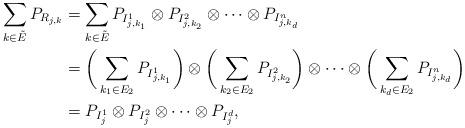
LaTeX: \begin{align*}\sum_{k\in\tilde{E}} P_{R_{j,k}}&=\sum_{k\in\tilde{E}} P_{I^1_{j,k_1}}\otimes P_{I^2_{j,k_2}}\otimes\cdots\otimes P_{I_{j,k_d}^n}\\&=\bigg(\sum_{k_1\in E_2} P_{I^1_{j,k_1}}\bigg)\otimes \bigg(\sum_{k_2\in E_2} P_{I^2_{j,k_2}}\bigg)\otimes\cdots\otimes \bigg(\sum_{k_d\in E_2} P_{I^n_{j,k_d}}\bigg)\\&=P_{I_{j}^1}\otimes P_{I_{j}^2}\otimes\cdots\otimes P_{I_{j}^d},\end{align*}